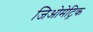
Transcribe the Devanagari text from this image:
जिओमेट्रिक